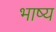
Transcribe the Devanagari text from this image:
भाष्‍य